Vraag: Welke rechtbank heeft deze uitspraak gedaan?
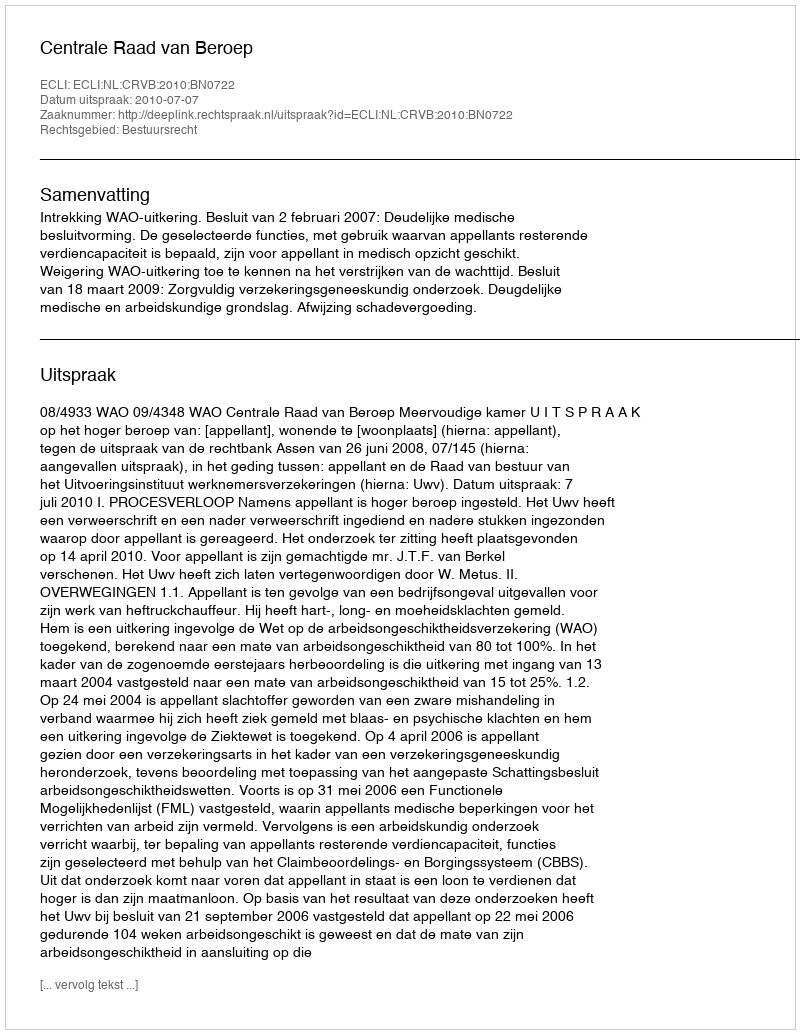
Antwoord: Centrale Raad van Beroep